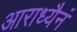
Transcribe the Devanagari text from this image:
आराध्यैनं